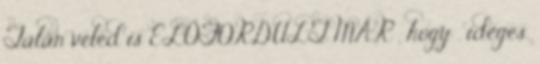
Talán veled is ELŐFORDULT MÁR , hogy . ideges,